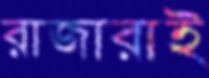
রাজারাই